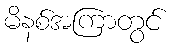
မိနစ်အကြာတွင်